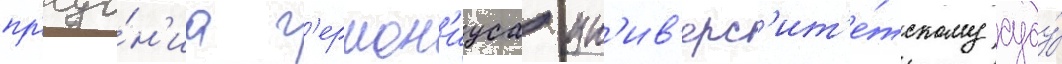
пр'еда́н'иа г'ермон'иуса ун'ив'ерс'ит'е́тскому суду́